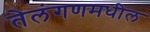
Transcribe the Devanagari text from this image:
तेलंगणमधील